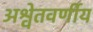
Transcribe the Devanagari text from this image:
अश्वेतवर्णीय